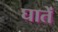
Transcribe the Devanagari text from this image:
घातें